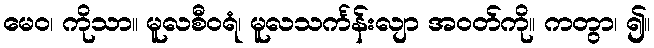
မေဝ၊ ကိုသာ။ မူလစီဝရံ၊ မူလသင်္ကန်းလျာ အဝတ်ကို။ ကတွာ၊ ၍။